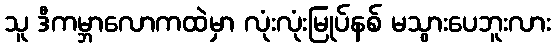
သူ ဒီကမ္ဘာလောကထဲမှာ လုံးလုံးမြုပ်နစ် မသွားပေဘူးလား